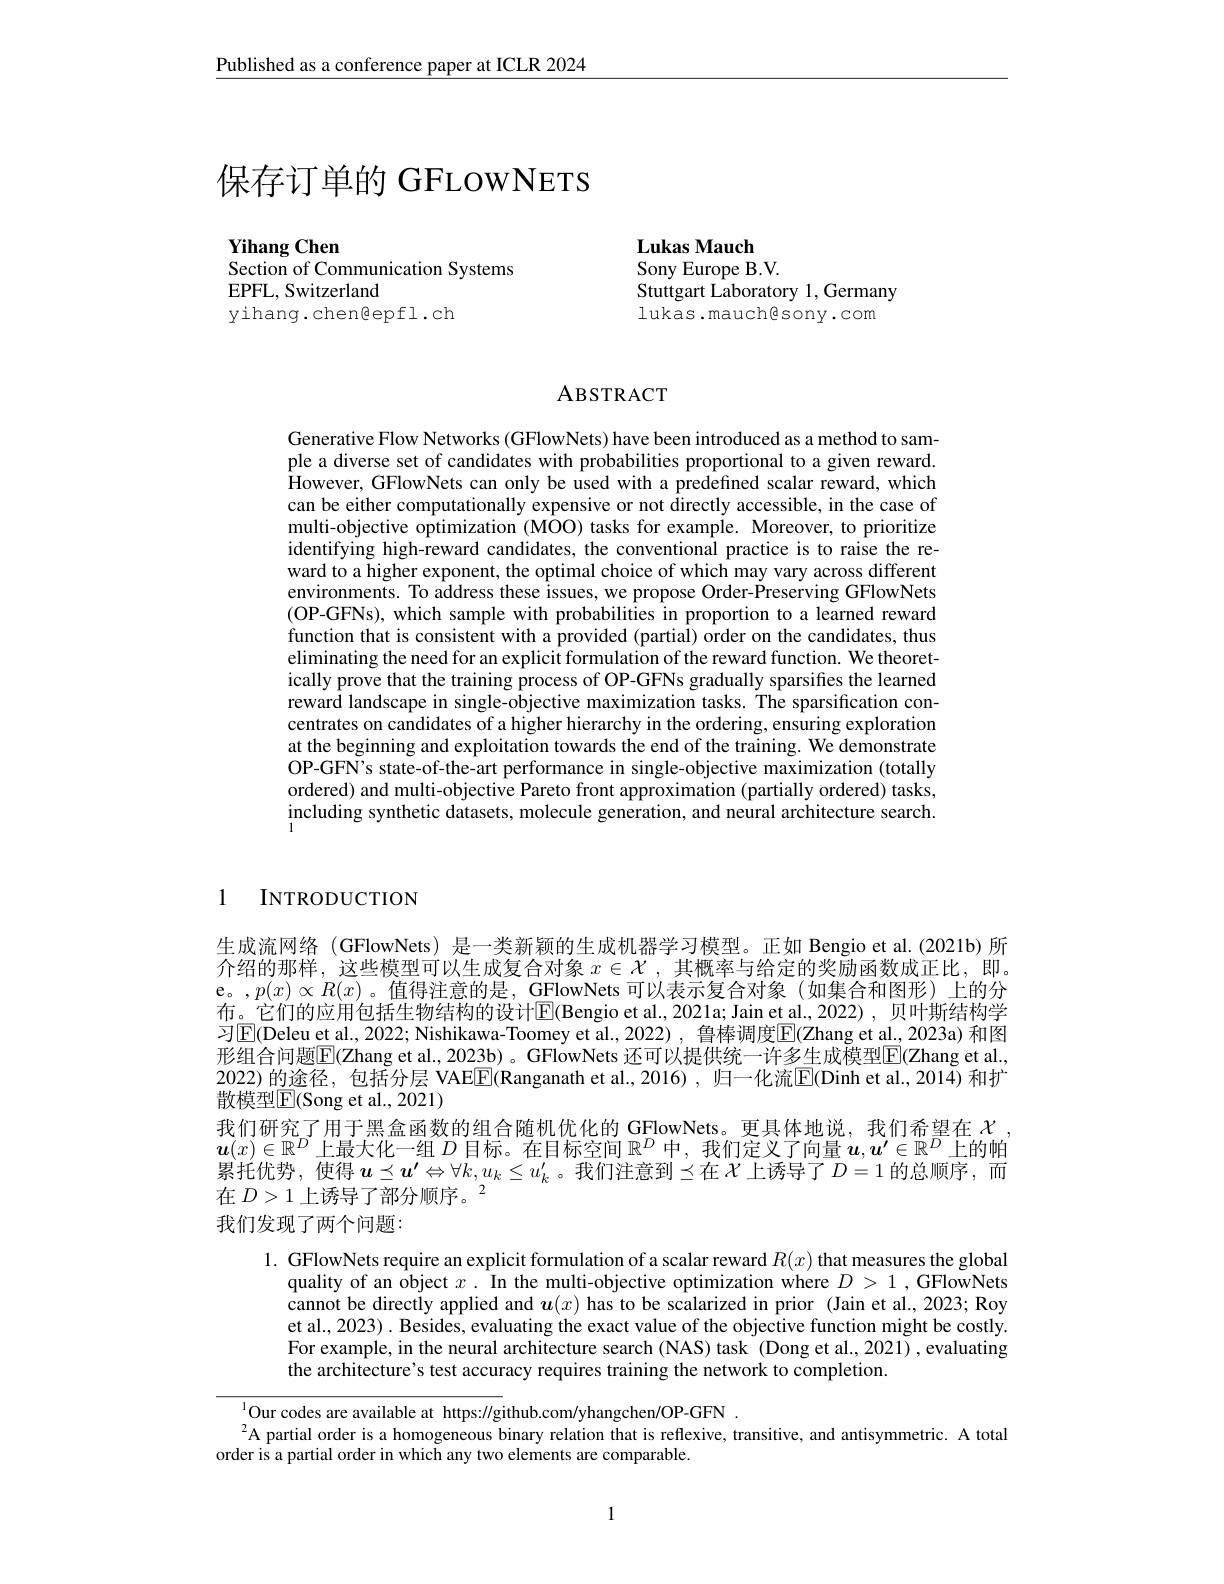
$\underline{\text{Published as a conference paper at ICLR 2024}}$

# 保存订单的 GFLOWNETS

Yihang Chen
Section of Communication Systems

EPFL, Switzerland
yihang.chen@epfl.ch

Lukas Mauch
Sony Europe B.V.
Stuttgart Laboratory 1, Germany
lukas.mauch@sony.com

## ABSTRACT

Generative Flow Networks (GFlowNets) have been introduced as a method to sample a diverse set of candidates with probabilities proportional to a given reward. However, GFlowNets can only be used with a predefined scalar reward, which can be either computationally expensive or not directly accessible, in the case of multi-objective optimization (MOO) tasks for example. Moreover, to prioritize $\hat{\text{identifying high-reward candidates, the conventional practice is to raise the re-}}$ ward to a higher exponent, the optimal choice of which may vary across different environments. To address these issues, we propose Order-$\dot{\text{Preserving GFlowNets}}$ (OP-GFNs), which sample with probabilities in proportion to a learned reward function that is consistent with a provided (partial) order on the candidates, thus eliminating the need for an explicit formulation of the reward function. We theoretically prove that the training process of OP-GFNs gradually sparsifies the learned reward landscape in single-objective maximization tasks. The sparsification concentrates on candidates of a higher hierarchy in the ordering, ensuring exploration at the beginning and exploitation towards the end of the training. We demonstrate OP-GFN's state-of-the-art performance in single-objective maximization (totally ordered) and multi-objective Pareto front approximation (partially ordered) tasks, including synthetic datasets, molecule generation, and neural architecture search.

1 INTRODUCTION

生成流网络 (GFlowNets) 是一类新颖的生成机器学习模型。正如 Bengio et al.(2021b)所介绍的那样，这些模型可以生成复合对象$x\in\mathcal{X}$ ,其概率与给定的奖励函数成正比，即。e。,$p(x)\propto R(x)$。值得注意的是，GFlowNets 可以表示复合对象(如集合和图形)上的分布。它们的应用包括生物结构的设计$\overline{\mathbb{E}}$(Bengio et al.,2021a; Jain et al., 2022), 贝叶斯结构学习$\mathbb{E}($Deleu et al, 2022; Nishikawa-Toomey et al., 2022) , 鲁棒调度$\mathbb{E}(\mathbb{Z}$hang et al., 2023a) 和图形组合问题$\boxed{\mathrm{F}}($Zhang et al., 2023b)。GFlowNets 还可以提供统一许多生成模型$\boxed{\mathrm{F}}($Zhang et al., 2022) 的途径，包括分层 VAEE(Ranganath et al.,2016) ,归一化流$\overline{\mathrm{E}}($Dinh et al.,2014) 和扩散模型$\operatorname{E}($Song et al.,2021)
我们研究了用于黑盒函数的组合随机优化的 GFlowNets。更具体地说，我们希望在$\chi$ $\boldsymbol{u}(x)\in\mathbb{R}^D$上最大化一组$D$目标。在目标空间$\mathbb{R}^D$中，我们定义了向量$\boldsymbol{u},\boldsymbol{u}^\prime\in\mathbb{R}^D$上的帕累托优势，使得 $\boldsymbol u\preceq\boldsymbol u^\prime\Leftrightarrow\forall k,u_k\leq u_k^{\prime}$。我们注意到$\preceq$在$\mathcal{X}$ 上诱导了$D=1$ 的总顺序，而在$D>1\text{上诱导了部分顺序。}^2$
我们发现了两个问题：

1. GFlowNets require an explicit formulation of a scalar reward $R(x)$ that measures the global
quality of an $\hat{\text{object }x}.$ In the multi-objective optimization where $D>1$,GFlowNets cannot be directly applied and $\boldsymbol u(x)$ has to be scalarized in prior (Jain et al., 2023; Roy et al., 2023) . Besides, evaluating the exact value of the objective function might be costly. For example, in the neural architecture search (NAS) task (Dong et al., 2021) ,evaluating the architecture's test accuracy requires training the network to completion.

$^{1}$Our codes are available at https://github.com/yhangchen/OP-GFN
$^{2}$A partial order is a homogeneous binary relation that is reflexive, transitive, and antisymmetric. A total
order is a partial order in which any two elements are comparable.